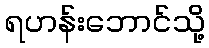
ရဟန်းဘောင်သို့